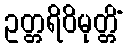
ဥတ္တရိဝိမုတ္တိံ